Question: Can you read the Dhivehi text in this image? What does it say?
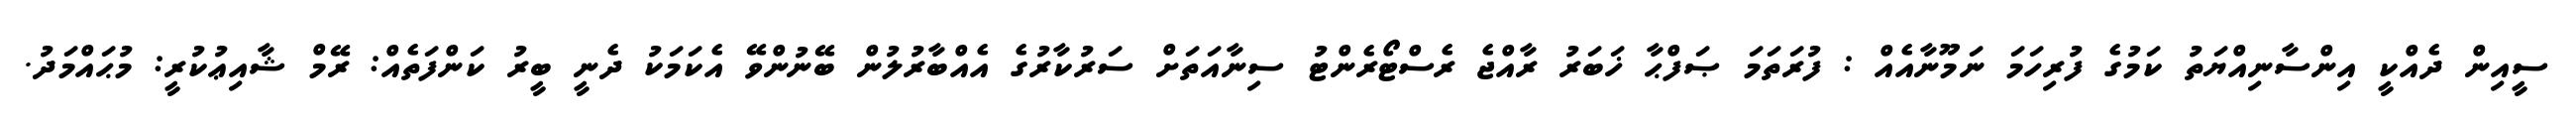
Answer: ސީއިން ދެއްކީ އިންސާނިއްޔަތު ކަމުގެ ފުރިހަމަ ނަމޫނާއެއް : ފުރަތަމަ ޞަފްޙާ ޚަބަރު ރާއްޖެ ރެސްޓޯރެންޓު ސިނާއަތަށް ސަރުކާރުގެ އެއްބާރުލުން ބޭނުންވޭ އެކަމަކު ދެނީ ބީރު ކަންފަތެއް: ރޭމް ޝާއިޢުކުރީ: މުޙައްމަދު.